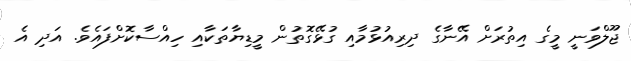
ޖޫލްވަނީ މީގެ އިތުރަށް އޭނާގެ ދިރިއުޅުމާއި ގުޅޭގޮތުން މީޑިޔާތަކާއި ހިއްސާކޮށްފައެވެ. އަދި އެ